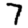
Digit: 7